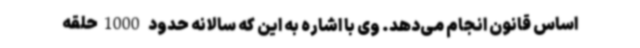
اساس قانون انجام می‌دهد. وی با اشاره به این که سالانه حدود 1000حلقه